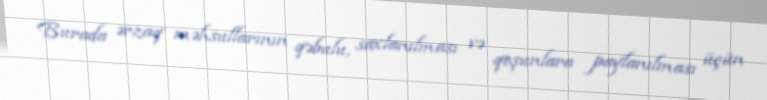
Burada ərzaq məhsullarının qəbulu, saxlanılması və qoşunlara paylanılması üçün